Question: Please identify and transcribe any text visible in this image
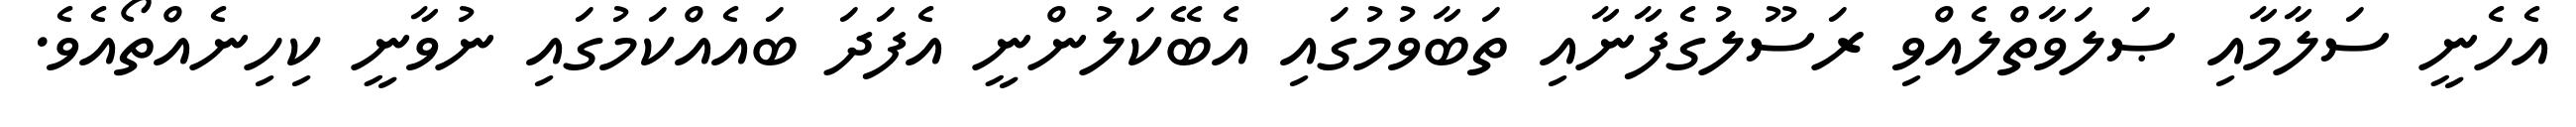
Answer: އެހެނީ ސަލާމާއި ޞަލަވާތްލެއްވި ރަސޫލުގެފާނާއި ތަބާވުމުގައި އެބޭކަލުންނީ އެފަދަ ބައެއްކަމުގައި ނުވާނީ ކިހިނެއްތޯއެވެ.